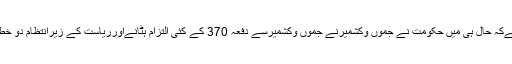
وادی میں موبائل اورانٹرنیٹ بند واضح رہےکہ حال ہی میں حکومت نے جموں وکشمیرنے جموں وکشمیرسے دفعہ 370 کے کئی التزام ہٹانےاورریاست کے زیرانتظام دو خطوں میں تقسیم کئے جانے کا قدم اٹھایا ہے۔